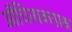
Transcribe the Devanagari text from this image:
औचित्यकाप्रश्न